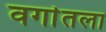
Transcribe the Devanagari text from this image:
वर्गातला